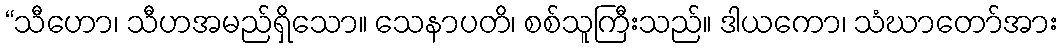
“သီဟော၊ သီဟအမည်ရှိသော။ သေနာပတိ၊ စစ်သူကြီးသည်။ ဒါယကော၊ သံဃာတော်အား